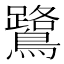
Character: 鷺